Vaccination report Assam 1896-1927 - 1896-1927
Year: 1896
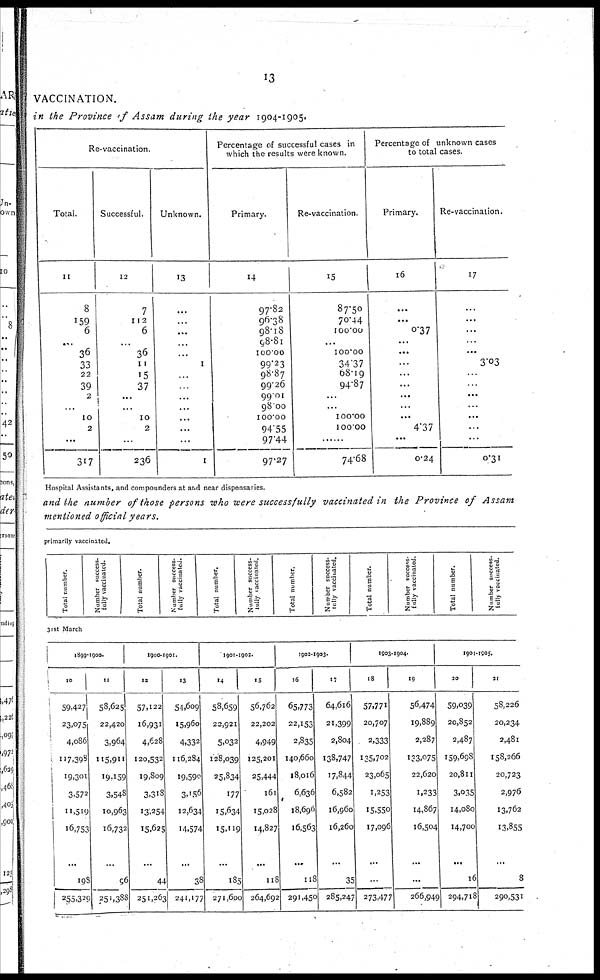
13
VACCINATION.
in the Province of Assam during the year 1904-1905.
Re-vaccination.
Total.
11
8
159
6
...
36
33
22
39
2
...
10
2
...
317
Successful.
12
7
112
6
...
36
11
15
37
...
...
10
2
...
236
Unknown.
13
...
...
...
...
...
1
...
...
...
...
...
...
...
1
Percentage of successful cases in
which the results were known.
Primary.
14
97.82
96.38
98.18
98.81
100.00
99.23
98.87
99.26
99.01
98.00
100.00
94.55
97.44
97.27
Re-vaccination.
15
87.50
70.44
100.00
...
100.00
34.37
68.19
94.87
...
...
100.00
100.00
...
74.68
Percentage of unknown cases
to total cases.
Primary.
16
...
...
0.37
...
...
...
...
...
...
...
...
4.37
...
0.24
Re-vaccination.
17
...
...
...
...
...
3.03
...
...
...
...
...
...
...
0.31
Hospital Assistants, and compounders at and near dispensaries.
and the number of those persons who were successfully vaccinated in the Province of Assam
mentioned official years.
primarily vaccinated.
Total number.
Number success-
fully vaccinated.
Total number.
Number success-
fully vacctnated.
Total number.
Number success-
fully vaccinated.
Total number.
Number success-
fully vaccinated.
Total number.
Number success-
fully vaccinated.
Total number.
Number success-
fully vaccinated.
31st March
1899-1900.
10
59,427
23,075
4,086
117,398
19,301
3,572
11,519
16,753
...
198
255,329
11
58,625
22,420
3,964
115,911
19,159
3,548
10,963
16,732
...
96
251,388
1900-1901.
12
57,122
16,931
4,628
120,532
19,809
3,318
13,254
15,625
...
44
251,263
13
54,609
15,960
4,332
116,284
19,599
3,156
12,634
14,574
...
38
241,177
1901-1902.
14
58,659
22,921
5,032
128,039
25,834
177
15,634
15,119
...
185
271,600
15
56,762
22,202
4,949
125,201
25,444
161
15,028
14,827
...
118
264,692
1902-1903.
16
65,773
22,153
2,835
140,660
18,016
6,636
18,696
16,563
...
118
291,450
17
64,616
21,399
2,804
138,747
17,844
6,582
16,960
16,260
...
35
285,247
1903-1904.
18
57,771
20,707
2,333
135,702
23,065
1,253
15,550
17,096
...
...
273,477
19
56,474
19,889
2,287
133,075
22,620
1,233
14,867
16,504
...
...
266,949
1904-1905.
20
59,039
20,852
2,487
159,698
20,811
3,035
14,080
14,700
...
16
294,718
21
58,226
20,234
2,481
158,266
20,723
2,976
13,762
13,855
...
8
290,531